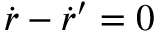
\dot { r } - \dot { r } ^ { \prime } = 0